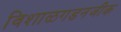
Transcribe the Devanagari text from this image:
विशाळगडनजीक